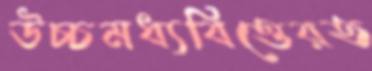
উচ্চমধ্যবিত্তেরত